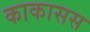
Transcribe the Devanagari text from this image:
काकासस